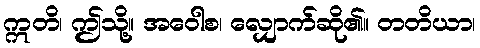
ဣတိ၊ ဤသို့။ အဝေါစ၊ လျှောက်ဆို၏။ တတိယာ၊